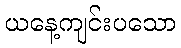
ယနေ့ကျင်းပသော